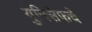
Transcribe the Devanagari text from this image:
युनिसेफचे